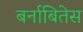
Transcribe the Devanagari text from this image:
बर्नाबितेस